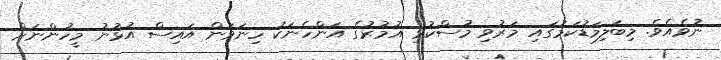
ނުވެއެވެ. މިބަލިމަޑުކަމުގައި މަރުވި މުސްކުޅި އުމުރުގެ އަންހެނަކު ހިނަވަން އައިސް އުޅުނު މީހުންނަށް